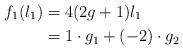
LaTeX: \begin{align*}f_1(l_1) &= 4(2g + 1)l_1 \\&= 1 \cdot g_1 + (-2)\cdot g_2 \end{align*}